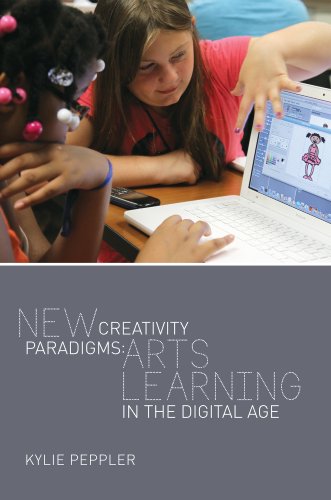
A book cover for New Creativity Paradigms: Arts Learning in the Digital Age (New Literacies and Digital Epistemologies); Kylie Peppler; Arts & Photography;